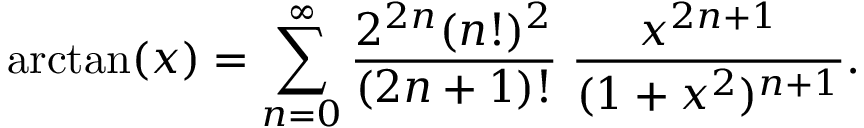
\arctan ( x ) = \sum _ { n = 0 } ^ { \infty } { \frac { 2 ^ { 2 n } ( n ! ) ^ { 2 } } { ( 2 n + 1 ) ! } } \; { \frac { x ^ { 2 n + 1 } } { ( 1 + x ^ { 2 } ) ^ { n + 1 } } } .